Annual report on the working of the mental hospitals in the Madras Presidency - 1912-1932
Year: 1912
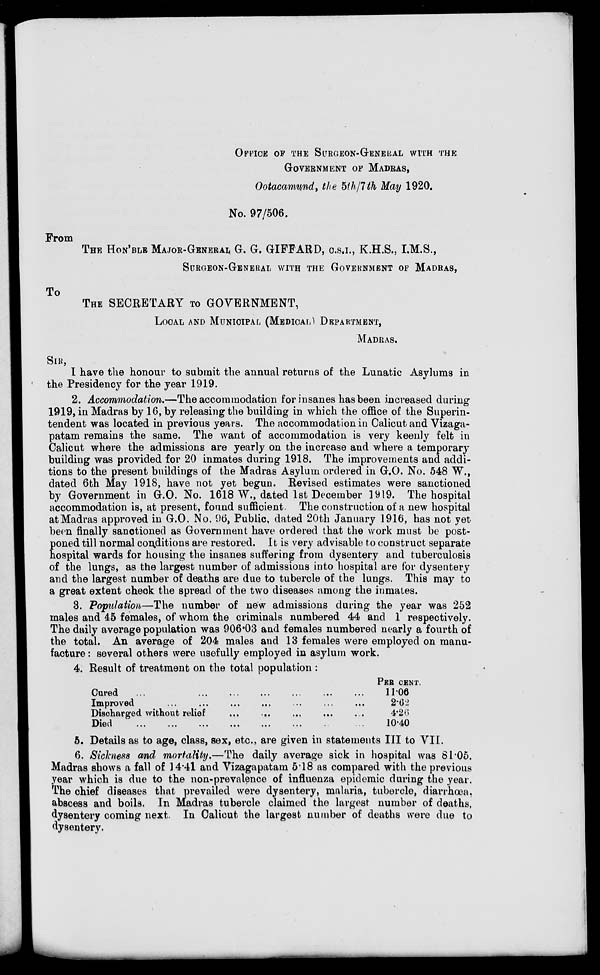
OFFICE OF THE SURGEON-GENERAL WITH THE
GOVERNMENT OF MADRAS,
Ootacamund, the 5th/7th May 1920.
No. 97/506.
From
THE HON'BLE MAJOR-GENERAL G. G. GIFFARD, C.S.I., K.H.S., I.M.S.,
SURGEON-GENERAL WITH THE GOVERNMENT OF MADRAS,
THE SECRETARY TO GOVERNMENT,
LOCAL AND MUNICIPAL (MEDICAL) DEPARTMENT,
MADRAS.
SIR,
I have the honour to submit the annual returns of the Lunatic Asylums in
the Presidency for the year 1919.
2. Accommodation.—The accommodation for insanes has been increased during
1919, in Madras by 16, by releasing the building in which the office of the Superin-
tendent was located in previous years. The accommodation in Calicut and Vizaga-
patam remains the same. The want of accommodation is very keenly felt in
Calicut where the admissions are yearly on the increase and where a temporary
building was provided for 20 inmates during 1918. The improvements and addi-
tions to the present buildings of the Madras Asylum ordered in G.O. No. 548 W.,
dated 6th May 1918, have not yet begun. Revised estimates were sanctioned
by Government in G.O. No. 1618 W., dated 1st December 1919. The hospital
accommodation is, at present, found sufficient. The construction of a new hospital
at Madras approved in G.O. No. 96, Public, dated 20th January 1916, has not yet
been finally sanctioned as Government have ordered that the work must be post-
poned till normal conditions are restored. It is very advisable to construct separate
hospital wards for housing the insanes suffering from dysentery and tuberculosis
of the lungs, as the largest number of admissions into hospital are for dysentery
and the largest number of deaths are due to tubercle of the lungs. This may to
a great extent check the spread of the two diseases among the inmates.
3. Population—The number of new admissions during the year was 252
males and 45 females, of whom the criminals numbered 44 and 1 respectively.
The daily average population was 906.03 and females numbered nearly a fourth of
the total. An average of 204 males and 13 females were employed on manu-
facture : several others were usefully employed in asylum work.
4. Result of treatment on the total population :
Cured ... ... ... ... ... ... ... ...
Improved ... ... ... ... ... ... ... ...
Discharged without relief ... ... ... ... ...
Died ... ... ... ... ... ... ... ...
PER CENT.
11.06
2.62
4.26
10.40
5. Details as to age, class, sex, etc., are given in statements III to VII.
6. Sickness and mortality.—The daily average sick in hospital was 81.05.
Madras shows a fall of 14.41 and Vizagapatam 5.18 as compared with the previous
year which is due to the non-prevalence of influenza epidemic during the year.
The chief diseases that prevailed were dysentery, malaria, tubercle, diarrhœa,
abscess and boils. In Madras tubercle claimed the largest number of deaths,
dysentery coming next. In Calicut the largest number of deaths were due to
dysentery.